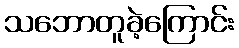
သဘောတူခဲ့ကြောင်း